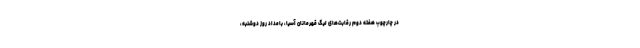
در چارچوب هفته دوم رقابت‌های لیگ قهرمانان آسیا، بامداد روز دوشنبه،